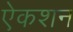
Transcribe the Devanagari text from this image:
ऐकशन